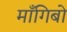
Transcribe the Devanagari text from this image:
माँगिबो